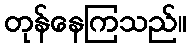
တုန်နေကြသည်။